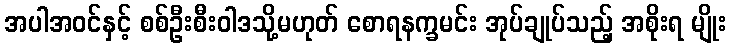
အပါအဝင်နှင့် စစ်ဦးစီးဝါဒသို့မဟုတ် စောရနက္ခမင်း အုပ်ချုပ်သည့် အစိုးရ မျိုး